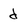
Character: d